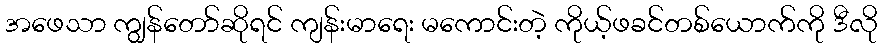
အဖေသာ ကျွန်တော်ဆိုရင် ကျန်းမာရေး မကောင်းတဲ့ ကိုယ့်ဖခင်တစ်ယောက်ကို ဒီလို